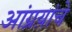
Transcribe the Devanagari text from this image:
आंग्रय़ांचे